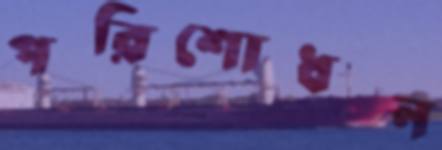
পরিশোধন